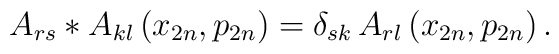
A_{rs}* A_{kl}\left( x_{2n},p_{2n}\right) =\delta_{sk}\,A_{rl}\left(x_{2n},p_{2n}\right) .